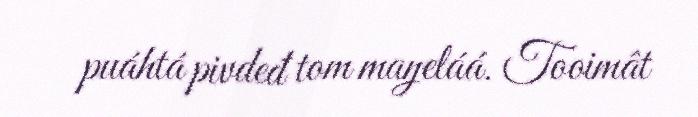
puáhtá pivdeđ tom maŋeláá. Tooimât